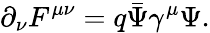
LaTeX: {\partial}_{\nu}{F}^{\mu\nu}=q\bar{\Psi}{\gamma}^{\mu}{\Psi}.